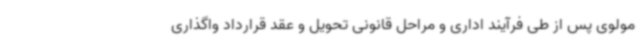
مولوی پس از طی فرآیند اداری و مراحل قانونی تحویل و عقد قرارداد واگذاری